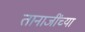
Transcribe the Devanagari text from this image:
तानाजींच्या